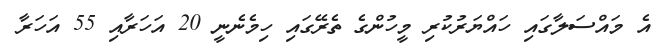
އެ މައްސަލާގައި ހައްޔަރުކުރި މީހުންގެ ތެރޭގައި ހިމެނެނީ 20 އަހަރާއި 55 އަހަރާ